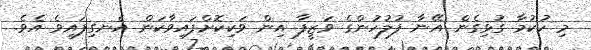
މި ހުކުމާ ގުޅިގެން އޭނާ ފުލުހުންގެ ވަޒީފާ އިން ވަކިކޮށްފައިވާކަން އެނގިފައިވެ އެވެ.